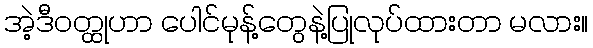
အဲ့ဒီဝတ္ထုဟာ ပေါင်မုန့်တွေနဲ့ပြုလုပ်ထားတာ မလား။